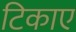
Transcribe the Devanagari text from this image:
टिकाए